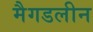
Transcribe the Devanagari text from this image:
मैगडलीन